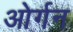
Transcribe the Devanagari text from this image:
ओर्गन